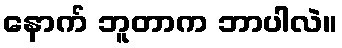
နောက် ဘူတာက ဘာပါလဲ။